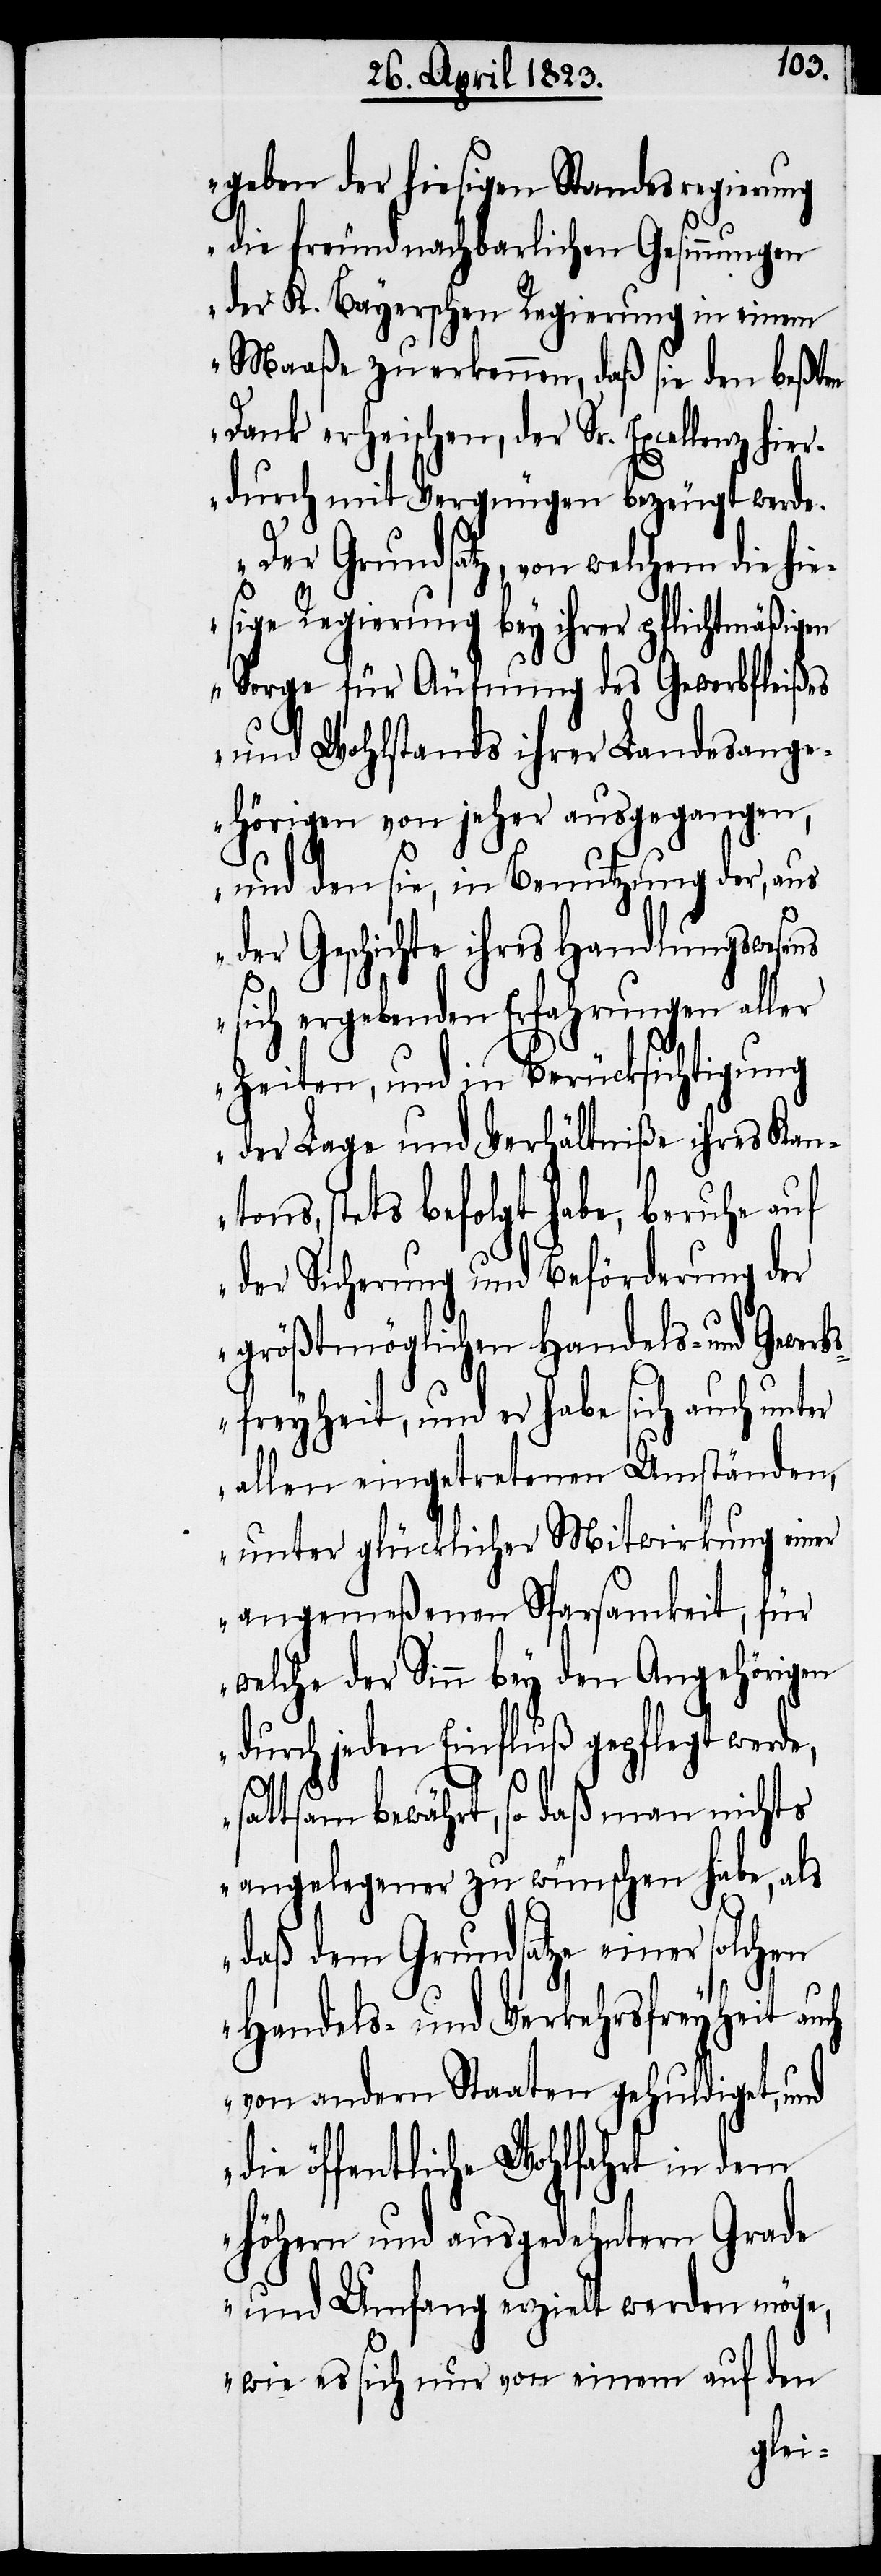
geben der hiesigen Standesregierung
die freundnachbarlichen Gesinnungen
der K. Bayerschen Regierung in einem
Maaße zu erkennen, daß sie den beßten
Dank erheischen, der Sr. Excellenz hie¬
rdurch mit Vergnügen bezeugt werde.
Der Grundsatz, von welchem die hie¬
sige Regierung bey ihrer pflichtmäßigen
Sorge für Äufnung des Gewerbfleißes
und Wohlstands ihrer Landesange¬
hörigen von jeher ausgegangen,
und den sie, in Benutzung der, aus
der Geschichte ihres Handlungswesens
sich ergebenden Erfahrungen aller
Zeiten, und in Berücksichtigung
der Lage und Verhältniße ihres Kant¬
ons, stets befolgt habe, beruhe auf
der Sicherung und Beförderung der
größtmöglichen Handels- und Gewerb¬
sfreyheit, und er habe sich auch unter
allen eingetretenen Umständen,
unter glücklicher Mitwirkung einer
angemeßenen Sparsamkeit, für
welche der Sinn bey den Angehörigen
durch jeden Einfluß gepflegt werde,
sattsam bewährt, so daß man nichts
angelegener zu wünschen habe, als
daß dem Grundsatze einer solchen
Handels- und Verkehrsfreyheit auch
von andern Staaten gehuldiget, und
die öffentliche Wohlfahrt in dem
höhern und ausgedehntern Grade
und Umfang erzielt werden möge,
wie es sich nur von einem auf den